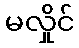
မလှိုင်